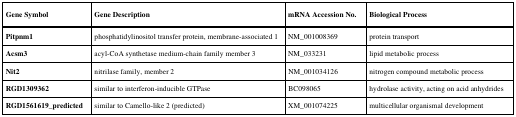
<table><thead><tr><td><b>Gene Symbol</b></td><td><b>Gene Description</b></td><td><b>mRNA Accession No.</b></td><td><b>Biological Process</b></td></tr></thead><tbody><tr><td><b>Pitpnm1 </b></td><td>phosphatidylinositol transfer protein, membrane-associated 1</td><td>NM_001008369 </td><td>protein transport</td></tr><tr><td><b>Acsm3 </b></td><td>acyl-CoA synthetase medium-chain family member 3 </td><td>NM_033231 </td><td>lipid metabolic process</td></tr><tr><td><b>Nit2 </b></td><td>nitrilase family, member 2 </td><td>NM_001034126 </td><td>nitrogen compoundmetabolic process</td></tr><tr><td><b>RGD1309362 </b></td><td>similar to interferon-inducible GTPase</td><td>BC098065 </td><td>hydrolase activity, acting on acid anhydrides</td></tr><tr><td><b>RGD1561619_predicted </b></td><td>similar to Camello-like 2 (predicted)</td><td>XM_001074225 </td><td>multicellular organismal development</td></tr></tbody></table>